Vital statistics of India. Vol. VI, European troops 1870-79
Year: 1870
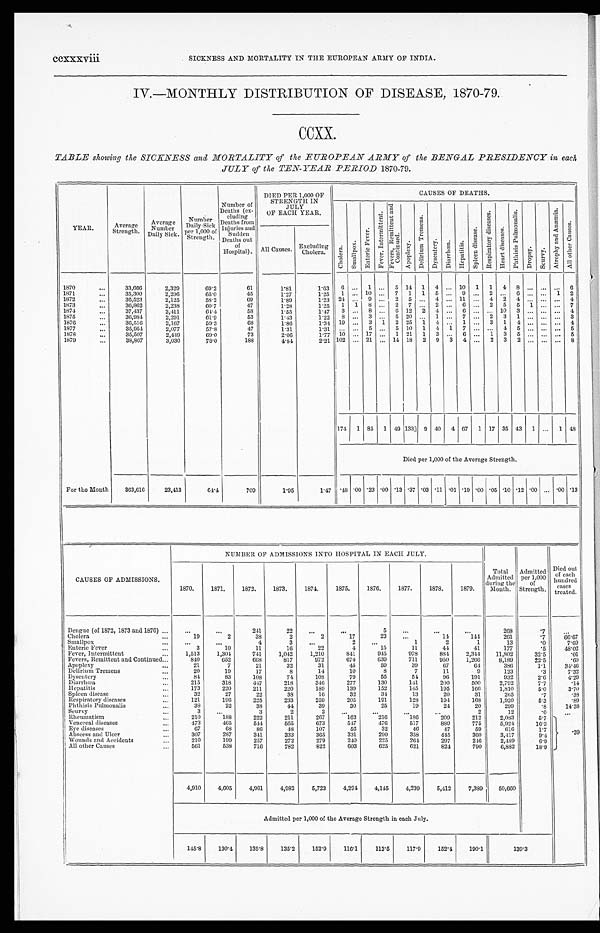
ccxxxviii
SICKNESS AND MORTALITY IN THE EUROPEAN ARMY OF INDIA.
IV.—MONTHLY DISTRIBUTION OF DISEASE, 1870-79.
CCXX.
TABLE showing the SICKNESS and MORTALITY of the EUROPEAN ARMY of the BENGAL PRESIDENCY in each
JULY of the TEN-YEAR PERIOD 1870-79.
YEAR.
Average
Strength
A v e r a g e
Number
Daily Sick.
Number
Daily S i c k
P e r 1 , 0 0 0 o f S t r e n g t h .
Number of
Deaths (ex-
cluding
Deaths from
Injuries and S u d d e n
Deaths out
of
Hospital).
DIED PER 1,000 OF
STRENGTH IN
J U L Y
OF EACH YEAR.
CAUSES OF DEATHS.
C h o l e r a . S m a l l p o x .
E n t e r i c F e v e r .
F e v e r , I n t e r m i t t e n t .
F e v e r s , R e m i t t e n t a n d C o n t i n u e d .
A p o p l e x y .
D e l i r i u m T r e m e n s .
D y s e n t e r y . D i a r r h œ a . H e p a t i t i s .
S p l e e n d i s e a s e .
R e s p i r a t o r y d i s e a s e s .
H e a r t d i s e a s e s .
P h t h i s i s P u l m o n a l i s .
D r o p s y . S c u r v y .
A t r o p h y a n d A n æ m i a .
A l l o t h e r C a u s e s .
All Causes. Excluding C h o l e r a .
1870
...
3 3 , 6 6 6 2,329
6 9 . 2
61
1.81
1.63 6 ... 1 ... 5 14 1 4 ... 10 1 1 4 8 ...
. . . ... 6
1871
. . . 35,300
2,296
6 5 . 0
45
1.27
1.25 1 ... 10 . . . 7 1 1 5 ... 9 ... 2 ... 6 ... ... 1 2
1872
... 36,523
2,125
58.2
69
1.89
1.23 2 4 . . . 9 ... 2 5 ... 4 ... 11 ... 4 2 4 ... ... ... 4
1873
... 30,862 2,238
6 0 . 7
47
1 . 2 8
1.25 1 1 8 ... 2 7 ... 2 ... 6 ... 2 5 5 1 ... ... 7
1874
. . . 37,437
2,411
6 4 . 4
58
1.55
1.47 3 . . . 8 ... 6 12 2 4 ... 6 ... ... 10 3 ... ... ... 4
1 8 7 5
. . .
3 6 , 9 8 4 2,201
6 1 . 9
53I
1 . 4 3
1 . 2 2 8 . . . 3 ... 5 2 0 ... 1 ... 7 ... 2 3 1 ... ... ... 3
1876
. . . 36,516
2,167
5 9 . 3
6 8
1.86
1 . 3 4 19 . . . 3 1 2 25 1 4 ... 1 ... 3 1 4 ... ... ... 4 '
1877
... 35,954
2,077
57.8
47
1.31
1.31 . . . . . 5 ... 5 10 1 4 1 7 ... . . . 4 5 ... ... ... 5
1878
... 35,507
2,449
6 9 . 0
73
2.06
1 . 7 7 10 . . . 17 ... 1 21 1 3 ... 6 ... 1 3 5 ... ... ... 5
1879
. . . 38,867
3,030
78.0
188
4.84
2.21 102 ... 21 ... 14 18 2 9 3 4 ... 2 3 2 ... . . .
... 8
174 1 85 1 49 1 3 3 9 40 4 67 1 17 35 43 1 ... 1 48
Died per 1,000 of the Average Strength.
For the Month
3 6 3 , 6 1 6 23,413
64.4
709
1.95
1 . ' 4 7 . 4 8 . 00 .23 0 0 . 1 3 . 3 7 .03 .11 .01 .19 .00 .05 .10 .12 .00 ... .00 . 13
NUMBER OF ADMISSIONS INTO HOSPITAL IN EACH JULY.
CAUSES OF ADMISSIONS.
1870. 1871. 1872. 1873.
1874. 1875. 1876.
1877. 1 8 7 8 .
1879.
Total Admitted
during the
Month.
A d m i t t e d p e r 1 , 0 0 0
o f S t r e n g t h .
Died out
of each
hundred cases
treated.
Dengue (of 1872, 1873 and 1876) ... ...
...
2.41
22 ...
...
5 ...
...
...
268
. 7
. . .
Cholera
...
19
2
3 8
2
2
17
23 ...
14
144
261
.7
6 6 . 6 7
S m a l l p o x
.. ...
. . .
4
3 . . .
2 ...
1
2
1
13
. 0
7 . 6 9
Enteric Fever
...
3
10
11
16
2 2
4
15
11
44
4 1
177
5
4 8 . 0 2
Fever, Intermitted
...
1 , 5 1 3 1,304 741
1 , 0 4 2 , 1,210
841
945
978
884 2,344 11,802
3 2 . 5
-01
Fevers, Remittent and Continued... . . . 840
652
6 6 8 817
972 674
6 3 9 711
950 1, 266 8, 189
2 2 . 5
. 6 0
A p o p l e x y
...
21
7
2 1
3 2
31
45
5 9
3 9
6 7
6 4
3 8 6
1 . 1 346
Delirium Tremens
20
19
1 7
8
14
10
8
7
11
9
123
. 3
7. 32
D y s e n t e r y
...
8 4
8 3
1 0 8
7 4
1 0 8
7 9
5 5
5 4
9 6
1 9 1
9 3 2
2 . 6
4 . 2 9
D i a r r h œ a
215
3 1 8 447 218
346
277 130
141
200
500 2,792
7 . 7
.14
H e p a t i t i s
173
220 211
220
189 139 152 145
195
1 6 6 1,810
5 . 0
3 . 7 0
Spleen disease
. . .
3 2
2 7
22
3 8
16
3 2
3 4
1 3
20
31
265
. 7
. 3 8
Res pi r at or y di s eas es
...
1 2 1
1 9 6 225 233 259 205
191
128 194 168 1, 920
5. 3
. 8 9
Phthisis Pulmonalis
. . .
3 8
2 2
3 8
44
3 9
3 0
2 5
19
24
20
299
. 8 14. 38
S c u r v y
..
3 ...
3
2
2 ...
...
. . .
...
2
12
. 0 ...
R h e u m a t i s m
... . . . .
2 1 0 188
2 2 2 211
267
162
2 1 6 186
209 212 2083
5 . 7
Ve n e r e a l d i s e a s e s
... ...
4 7 3 465
544 565 673 547 476 517
889
775 5, 924
1 6 . 3
E y e d i s e a s e s
...
6 7
6 8
8 6
4 8 107
5 6
3 2
46
47
59
6 1 6
1 . 7
Abs e e s s a nd Ul c e r
. ..
3 0 7
2 8 7
3 4 1
3 3 3 365
3 3 1
2 9 0
3 5 8 445
3 6 0
3 , 4 1 7
9 . 4
. 3 9
Wounds and Accidents
...
2 1 0
199 257
2 7 2
2 7 9
2 4 0
2 2 5
2 6 4
2 9 7
2 4 6
2 , 4 8 9
6 . 9
Al l y o t h e r Ca u s e
. . ..,
5 6 1 538 716
782
8 2 2 603
625
621
8 2 4 790 6, 882
18' 9
4,910 4,605 4,961
4 , 9 8 2 5,723 4,294 4,145 4,239 5,412 7,389 50,660
Admitted per 1,000 of the Average Strength in each July.
145. 8 130.4 135.8 135.2 152.9 116.1 113.5 117.9 152.4 190.1
139.3